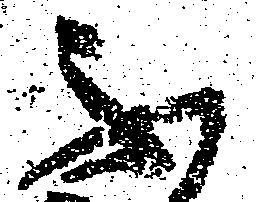
不